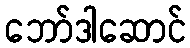
ဘော်ဒါဆောင်